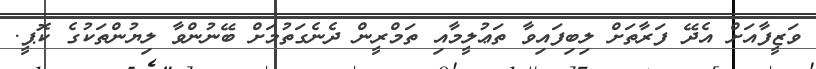
ވަޒީފާއަށް އެދޭ ފަރާތަށް ލިބިފައިވާ ތަޢުލީމާއި ތަމްރީން ދެނެގަތުމަށް ބޭނުންވާ ލިޔުންތަކުގެ ކޮޕީ.